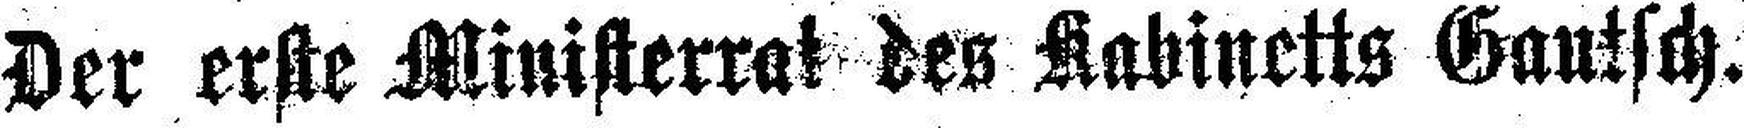
Der erste Ministerrat des Kabinetts Gautsch.